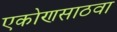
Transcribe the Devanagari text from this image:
एकोणसाठवा